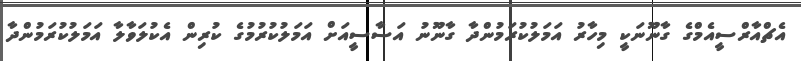
އެޗްއާރްސީއެމްގެ ގާނޫނަކީ މިހާރު އަމަލުކުރަމުންދާ ގާނޫނު އަސާސީއަށް އަމަލުކުރުމުގެ ކުރިން އެކުލަވާލާ އަމަލުކުރަމުންދާ